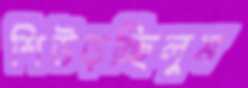
শিউড়চ্ছিলুম